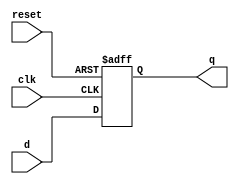
`timescale 1ns / 1ps
//////////////////////////////////////////////////////////////////////////////////
// Company: 
// Engineer: 
// 
// Design Name: 
// Module Name: flopr
// Project Name: 
// Target Devices: 
// Tool Versions: 
// Description: 
// 
// Dependencies: 
// 
// Revision:
// Revision 0.01 - File Created
// Additional Comments:
// 
//////////////////////////////////////////////////////////////////////////////////


module flopr # (parameter WIDTH = 8)(
    input                  clk, 
    input                  reset,
    input      [WIDTH-1:0] d,
    output reg [WIDTH-1:0] q
);

always @ (posedge clk, posedge reset)
    if (reset) q <= 0;
    else       q <= d;
    
endmodule